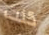
كنت